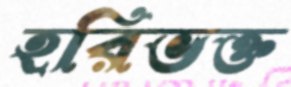
হরিভক্ত